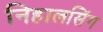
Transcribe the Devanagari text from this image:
निहालसिंग